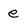
Character: e